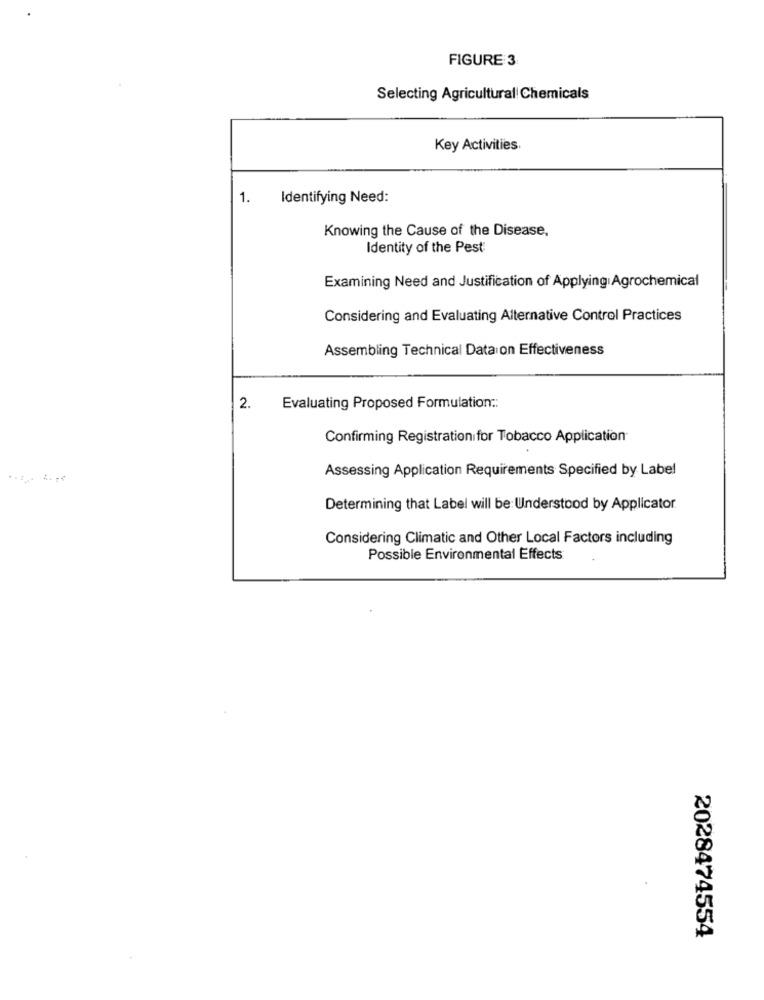
FIGURE 3
Selecting Agricultural Chemicals
Key Activities.
1.
Identifying Need:
Knowing the Cause of the Disease.
Identity of the Pest
Examining Need and Justification of Applying Agrochemical
Considering and Evaluating Alternative Control Practices
Assembling Technical Data on Effectiveness
2.
Evaluating Proposed Formulation ::
Confirming Registration for Tobacco Application®
Assessing Application Requirements Specified by Label
Determining that Label will be Understood by Applicator.
Considering Climatic and Other Local Factors including
Possible Environmental Effects
2028474554